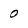
Character: 0